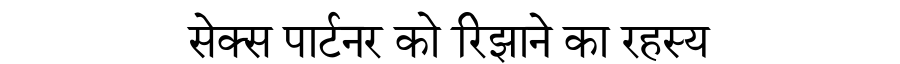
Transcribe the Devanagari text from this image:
सेक्स पार्टनर को रिझाने का रहस्य